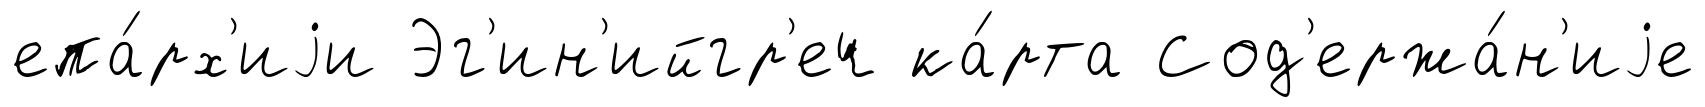
епа́рх'иjи Эг'ин'ийгр'еч ка́рта Сод'ержа́н'иjе